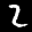
Label: 2